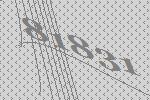
81831